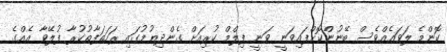
ކޮންމެ ލަވައެއްވެސް ބޭނުންކޮށްފައިވަނީ ވަނީ ފިލްމް ކުރިއަށް ގެންދިޔުމުގައި ރަހަތަފާތުކުރާ ފުލޭވާ އެއްގެ